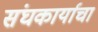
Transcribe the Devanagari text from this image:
संघकार्याचा